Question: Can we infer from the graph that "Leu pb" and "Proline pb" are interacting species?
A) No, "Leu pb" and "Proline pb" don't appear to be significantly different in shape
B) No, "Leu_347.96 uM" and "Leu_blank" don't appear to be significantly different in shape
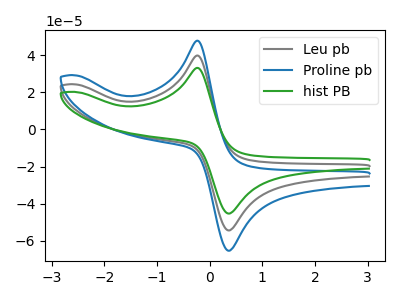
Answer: <think>The gray curve "Leu pb" has an anodic peak at (-0.25V, 39.80uA) and a cathodic peak at (0.40V, -54.30uA). The blue curve "Proline pb" has an anodic peak at (-0.25V, 79.55uA) and a cathodic peak at (0.40V, -108.55uA). The green curve "hist PB" has an anodic peak at (-0.25V, 33.15uA) and a cathodic peak at (0.40V, -45.20uA).
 All the peaks in "Leu pb" have a peak in "Proline pb" at the same potential. Every peak in "Leu pb" is lower than every peak in "Proline pb".</think>
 <answer>A) No, "Leu pb" and "Proline pb" don't appear to be significantly different in shape</answer>
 <eval>A</eval>